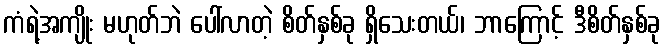
ကံရဲ့အကျိုး မဟုတ်ဘဲ ပေါ်လာတဲ့ စိတ်နှစ်ခု ရှိသေးတယ်၊ ဘာကြောင့် ဒီစိတ်နှစ်ခု